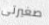
صغيرتى